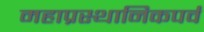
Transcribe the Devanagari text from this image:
महाप्रस्थानिकपर्व